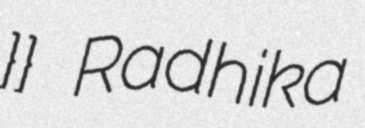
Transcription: }} Radhika